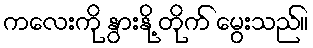
ကလေးကို နွားနို့ တိုက် မွေးသည်။